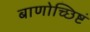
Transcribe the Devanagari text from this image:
बाणोच्छिष्टं